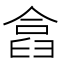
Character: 𠍗